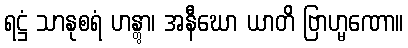
ရဋ္ဌံ သာနုစရံ ဟန္တွာ၊ အနီဃော ယာတိ ဗြာဟ္မဏော။